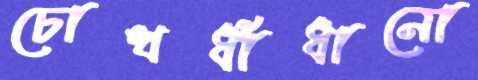
চোখধাঁধানো